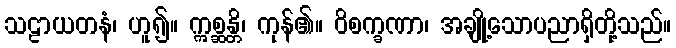
သဠာယတနံ၊ ဟူ၍။ ဣစ္ဆန္တိ၊ ကုန်၏။ ဝိစက္ခဏာ၊ အချို့သောပညာရှိတို့သည်။